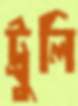
ট্রুলি